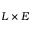
L \times E